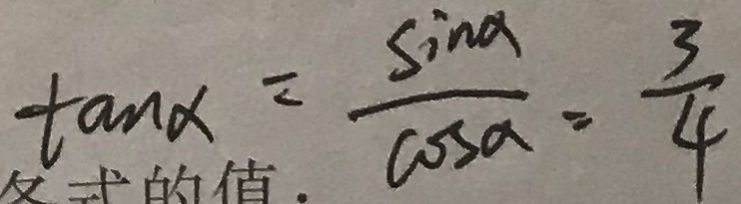
\tan \alpha = \frac { \sin \alpha } { \cos \alpha } = \frac { 3 } { 4 }